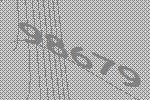
98679